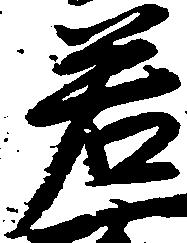
若